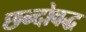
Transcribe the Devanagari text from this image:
छन्दोवद्ध